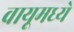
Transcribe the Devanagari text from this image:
वायूमध्ये